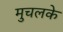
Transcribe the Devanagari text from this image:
मुचलके